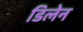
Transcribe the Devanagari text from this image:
डिलेन